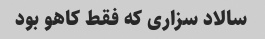
سالاد سزاری که فقط کاهو بود